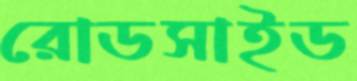
রোডসাইড